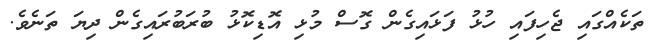
ތަކެއްގައި ޖެހިފައި ހުޅު ފަޅައިގެން ގޮސް މުޅި އޮޑިކޮޅު ބުރަބުރައިގެން ދިޔަ ތަނެވެ.